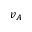
v _ { A }